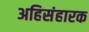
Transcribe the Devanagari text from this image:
अहिसंहारक